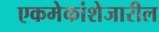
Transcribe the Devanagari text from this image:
एकमेकांशेजारील